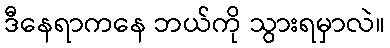
ဒီနေရာကနေ ဘယ်ကို သွားရမှာလဲ။